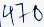
Text: 470